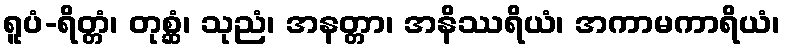
ရူပံ-ရိတ္တံ၊ တုစ္ဆံ၊ သုညံ၊ အနတ္တာ၊ အနိဿရိယံ၊ အကာမကာရိယံ၊